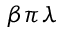
\beta \pi \lambda